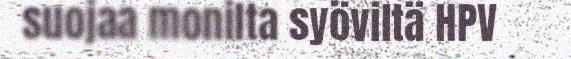
suojaa monilta syöviltä HPV